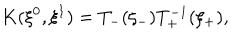
K ( \xi ^ { 0 } , \xi ^ { 1 } ) = T _ { - } ( \xi _ { - } ) T _ { + } ^ { - 1 } ( \xi _ { + } ) ,